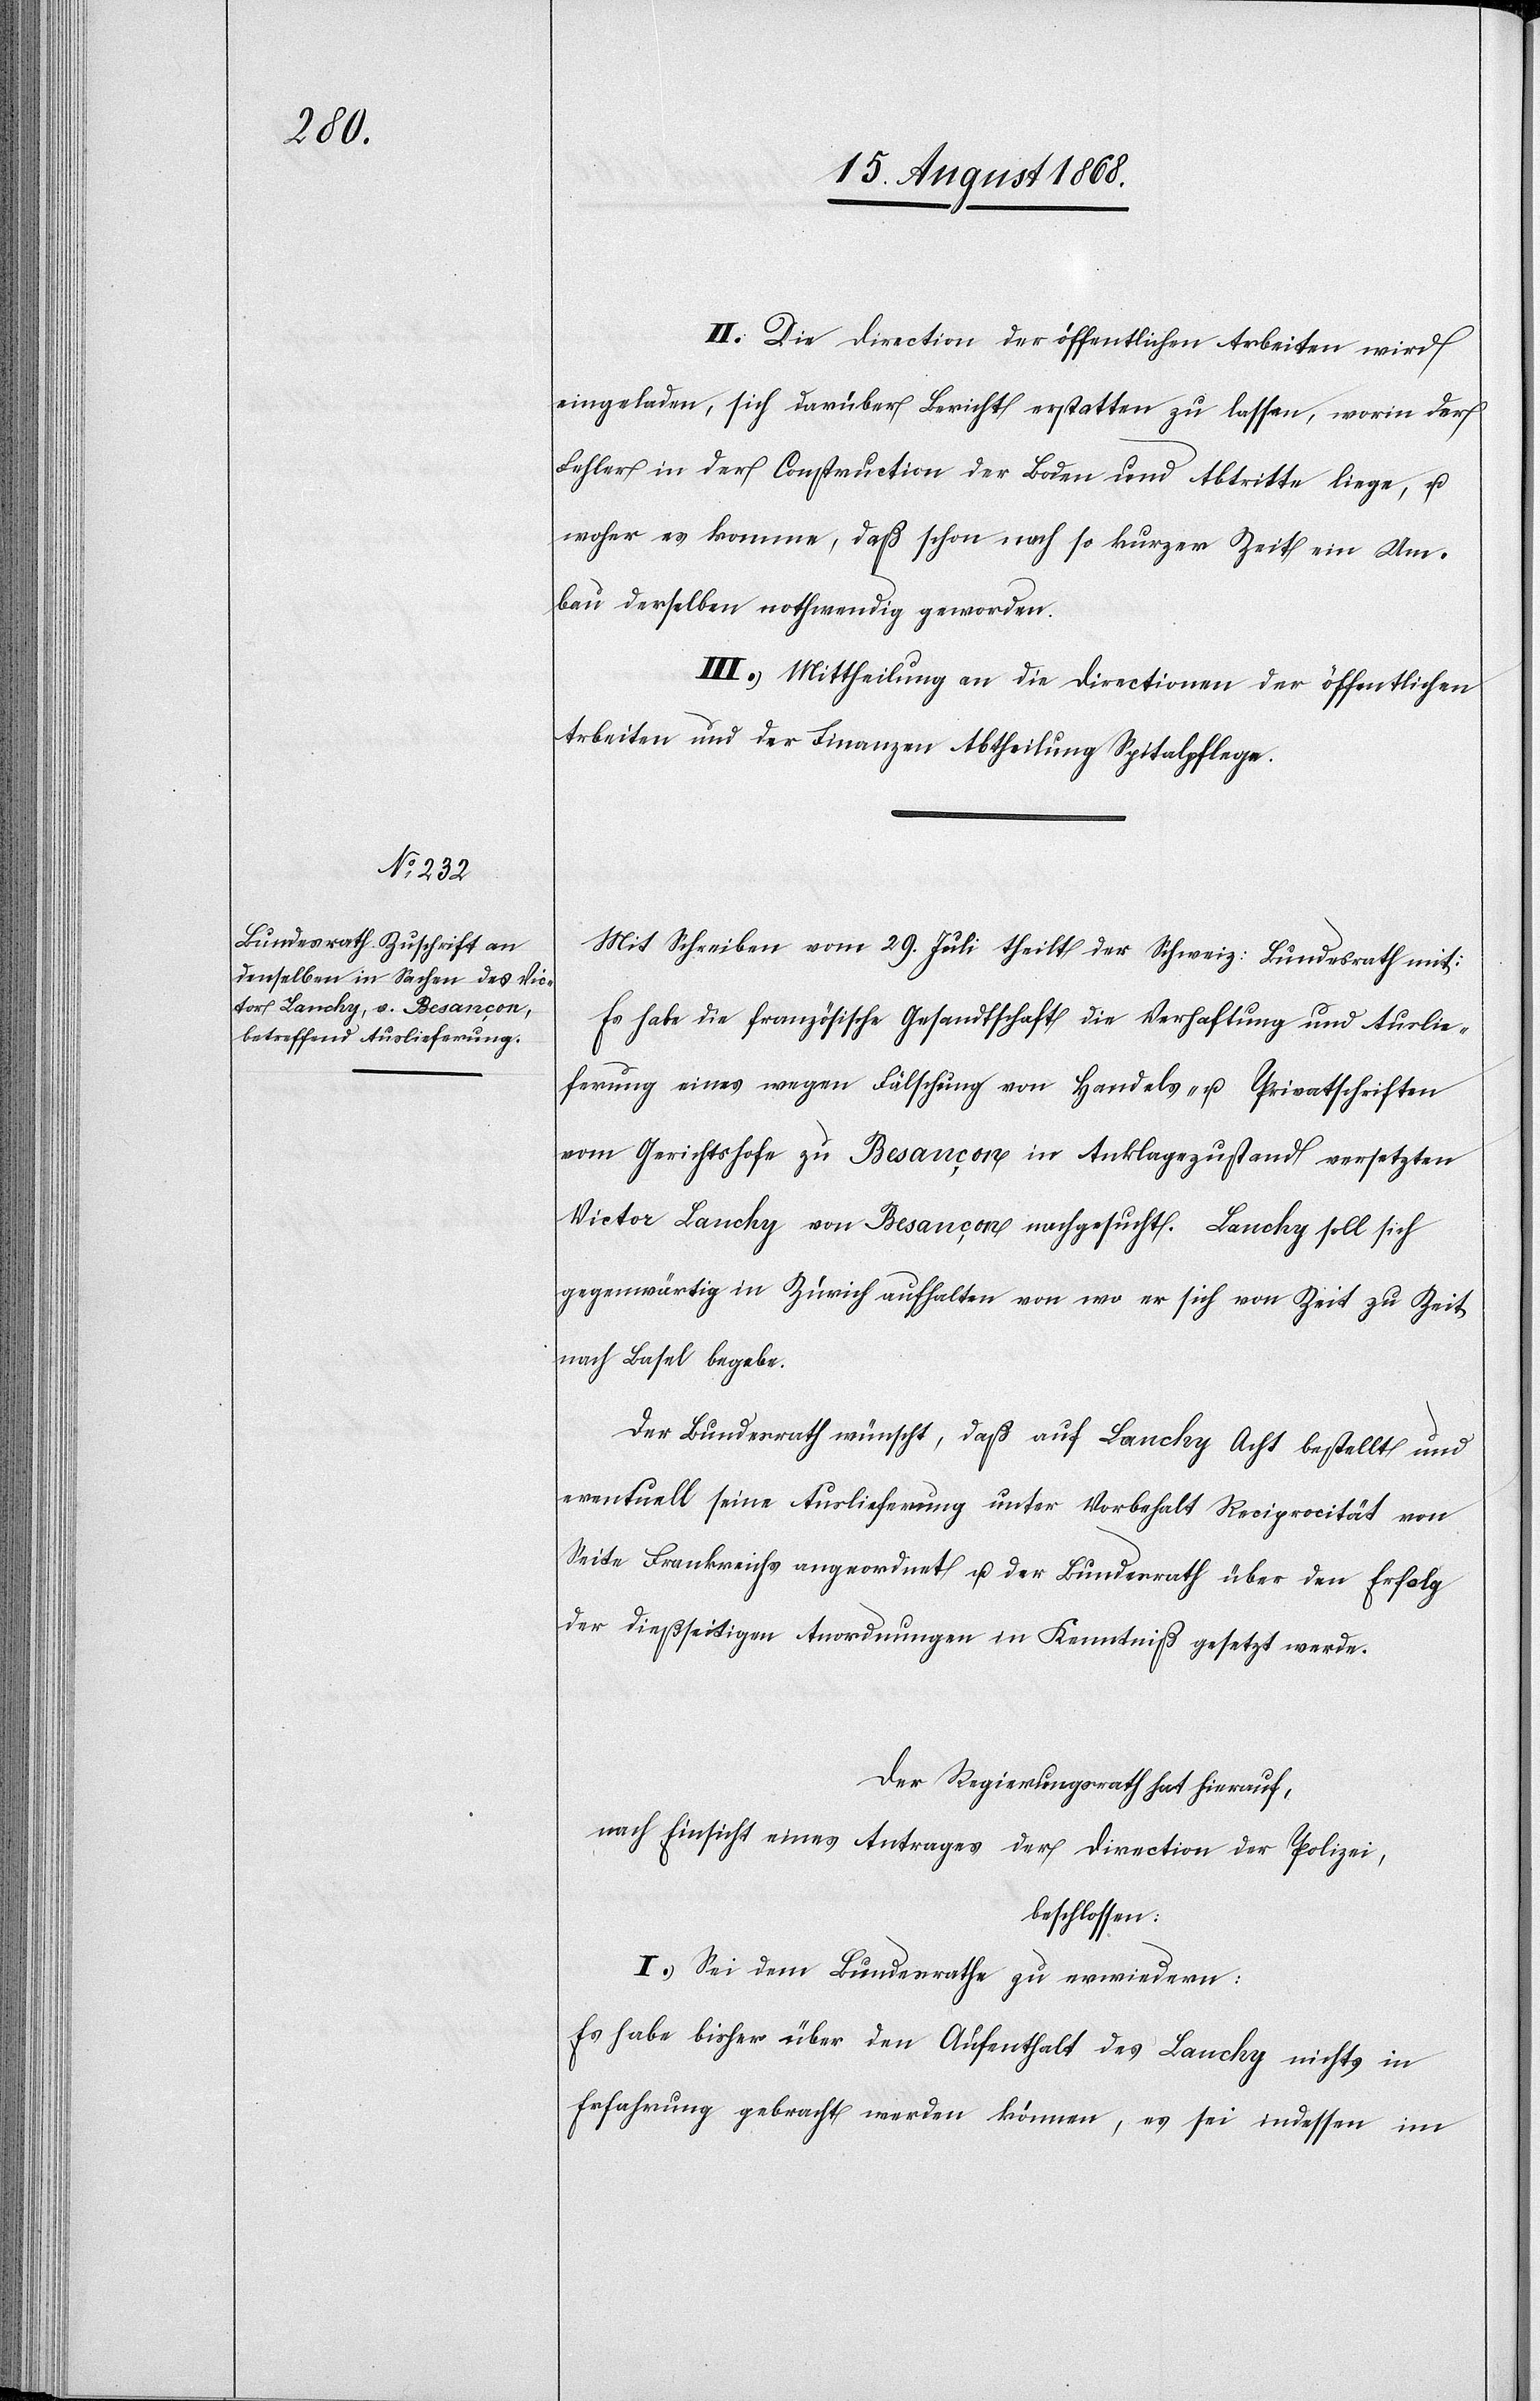
II.) Die Direction der öffentlichen Arbeiten wird
eingeladen, sich darüber Bericht erstatten zu lassen, worin der
Fehler in der Construction der Boden und Abtritte liege, u.
woher es komme, daß schon nach so kurzer Zeit ein Um¬
bau derselben nothwendig geworden.
III.) Mittheilung an die Directionen der öffentlichen
Arbeiten und der Finanzen Abtheilung Spitalpflege.
Mit Schreiben vom 29. Juli theilt der Schweiz: Bundesrath mit:
Es habe die französische Gesandtschaft die Verhaftung und Auslie¬
ferung eines wegen Fälschung von Handels- u. Privatschriften
vom Gerichtshofe zu Besançon in Anklagezustand versetzten
Victor Lanchy von Besançon nachgesucht. Lanchy soll sich
gegenwärtig in Zürich aufhalten von wo er sich von Zeit zu Zeit
nach Basel begebe.
Der Bundesrath wünscht, daß auf Lanchy Acht bestellt und
eventuell seine Auslieferung unter Vorbehalt Reciprocität von
Seite Frankreichs angeordnet u. der Bundesrath über den Erfolg
der dießseitigen Anordnungen in Kenntniß gesetzt werde.
Der Regierungsrath hat hierauf,
nach Einsicht eines Antrages der Direction der Polizei,
beschlossen:
[sic!] Sei dem Bundesrathe zu erwiedern:
Es habe bisher über den Aufenthalt des Lanchy nichts in
Erfahrung gebracht werden können, es sei indessen im